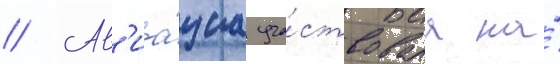
// Ав'иа́циа уча́ствовала на́